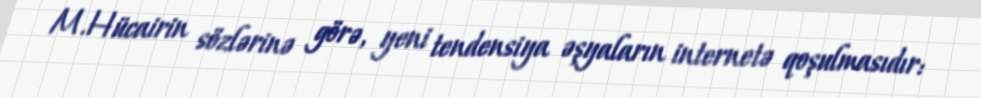
M.Hücairin sözlərinə görə, yeni tendensiya əşyaların internetə qoşulmasıdır: